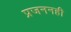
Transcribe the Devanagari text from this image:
प्रजननही